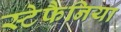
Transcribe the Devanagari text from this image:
स्टेफैनिया